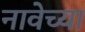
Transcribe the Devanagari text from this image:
नावेच्या